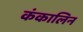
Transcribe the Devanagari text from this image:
कंकालिन